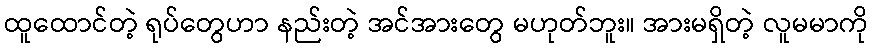
ထူထောင်တဲ့ ရုပ်တွေဟာ နည်းတဲ့ အင်အားတွေ မဟုတ်ဘူး။ အားမရှိတဲ့ လူမမာကို